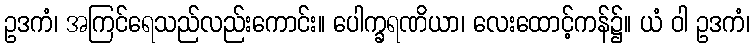
ဥဒကံ၊ အကြင်ရေသည်လည်းကောင်း။ ပေါက္ခရဏိယာ၊ လေးထောင့်ကန်၌။ ယံ ဝါ ဥဒကံ၊